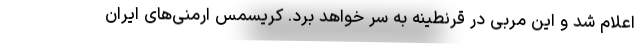
اعلام شد و این مربی در قرنطینه به سر خواهد برد. کریسمس ارمنی‌های ایران